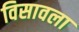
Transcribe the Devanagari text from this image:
विसावला